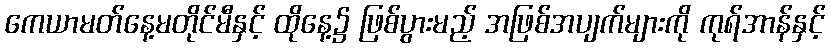
ကေယာမတ်နေ့မတိုင်မီနှင့် ထိုနေ့၌ ဖြစ်ပွားမည့် အဖြစ်အပျက်များကို ကုရ်အာန်နှင့်